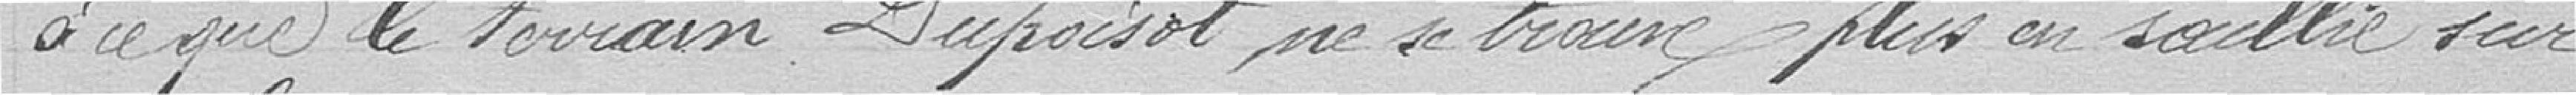
à ce que le terrain Dupoisot ne se trouve plus en saillie sur